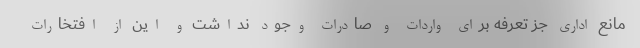
مانع اداری جز تعرفه برای واردات و صادرات وجود نداشت و این از افتخارات